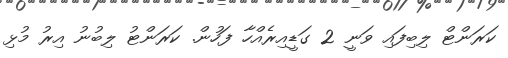
ކަރަންޓް ލިބިފައި ވަނީ 2 ގަޑީއިރެއްހާ ފަހުން. ކަރަންޓު ލިބުނު އިރު މުޅި